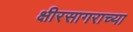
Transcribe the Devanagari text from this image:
क्षीरसागराच्या